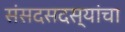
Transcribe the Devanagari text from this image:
संसदसदस्यांचा